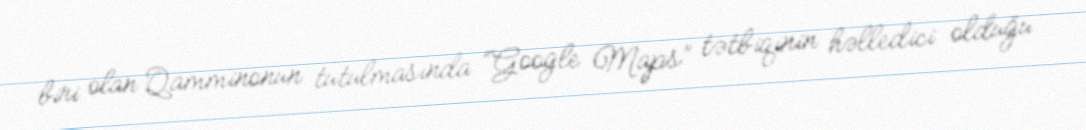
biri olan Qamminonun tutulmasında “Google Maps” tətbiqinin həlledici olduğu